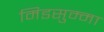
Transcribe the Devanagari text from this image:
मिडसुम्मा